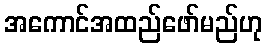
အကောင်အထည်ဖော်မည်ဟု